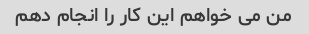
من می خواهم این کار را انجام دهم